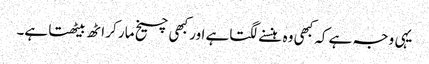
یہی وجہ ہے کہ کبھی وہ ہنسنے لگتاہے اور کبھی چیخ مار کر اٹھ بیٹھتا ہے۔